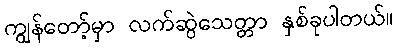
ကျွန်တော့်မှာ လက်ဆွဲသေတ္တာ နှစ်ခုပါတယ်။